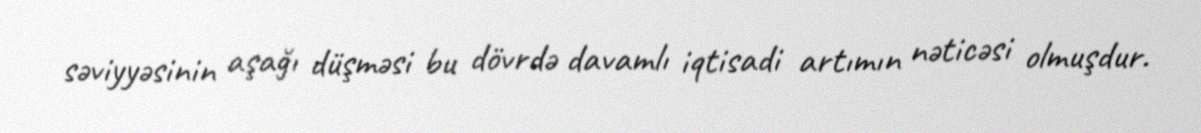
səviyyəsinin aşağı düşməsi bu dövrdə davamlı iqtisadi artımın nəticəsi olmuşdur.